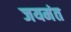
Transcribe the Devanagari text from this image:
जयमंत